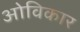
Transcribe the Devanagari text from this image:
ओविकार